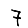
Digit: 7